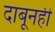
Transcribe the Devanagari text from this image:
दाबूनही